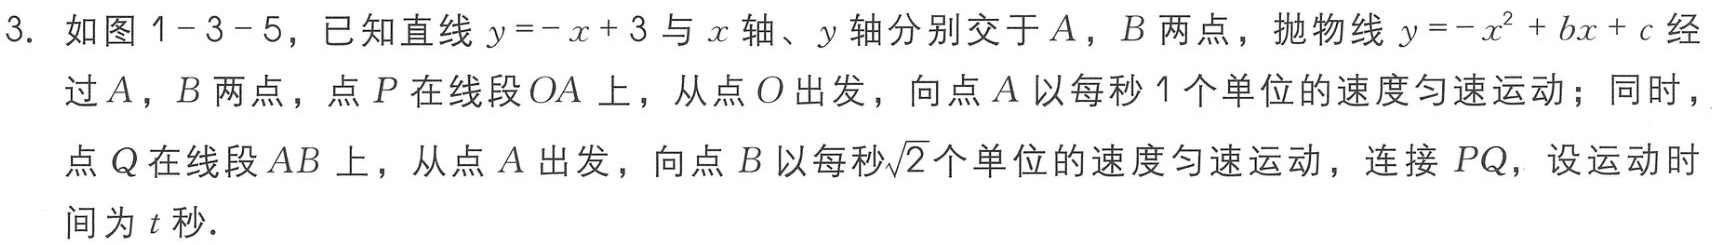
3. 如图1-3-5，已知直线\(y = -x + 3\)与\(x\)轴、\(y\)轴分别交于\(A\)，\(B\)两点，抛物线\(y = -x^{2}+bx + c\)经过\(A\)，\(B\)两点，点\(P\)在线段\(OA\)上，从点\(O\)出发，向点\(A\)以每秒\(1\)个单位的速度匀速运动；同时，点\(Q\)在线段\(AB\)上，从点\(A\)出发，向点\(B\)以每秒\(\sqrt{2}\)个单位的速度匀速运动，连接\(PQ\)，设运动时间为\(t\)秒.